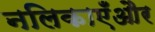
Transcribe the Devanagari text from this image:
नलिकाएँऔर